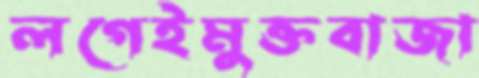
লগেইমুক্তবাজা